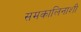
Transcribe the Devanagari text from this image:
समकालिनाशी